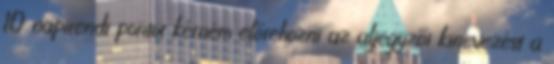
10 napirendi pontot kérném előrehozni az aljegyzői kinevezést a